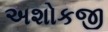
અશોકજી